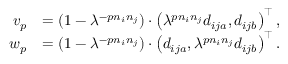
\begin{array} { r l } { \boldsymbol { v } _ { p } } & { = ( 1 - \lambda ^ { - p n _ { i } n _ { j } } ) \cdot \left( \lambda ^ { p n _ { i } n _ { j } } d _ { i j a } , d _ { i j b } \right) ^ { \top } , } \\ { \boldsymbol { w } _ { p } } & { = ( 1 - \lambda ^ { - p n _ { i } n _ { j } } ) \cdot \left( d _ { i j a } , \lambda ^ { p n _ { i } n _ { j } } d _ { i j b } \right) ^ { \top } . } \end{array}